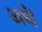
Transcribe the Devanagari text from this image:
अथॆ